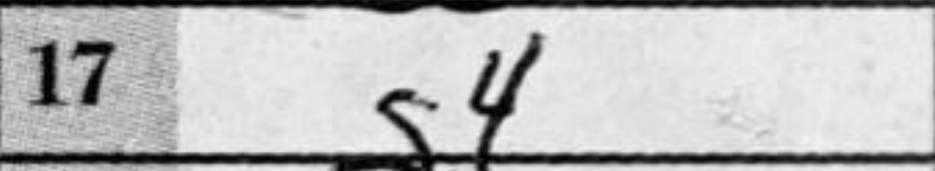
Transcription: g4